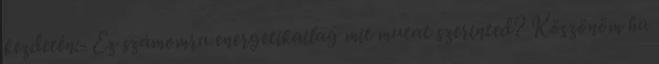
kezdetėn:- Ez számomra energetikailag mit mutat szerinted? Köszönöm ha